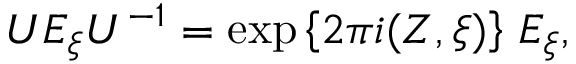
U E _ { \xi } U ^ { - 1 } = \exp \left\{ 2 \pi i ( Z , \xi ) \right\} \, E _ { \xi } ,